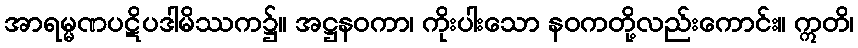
အာရမ္မဏပဋိပဒါမိဿက၌။ အဋ္ဌနဝကာ၊ ကိုးပါးသော နဝကတို့လည်းကောင်း။ ဣတိ၊